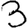
Digit: 3